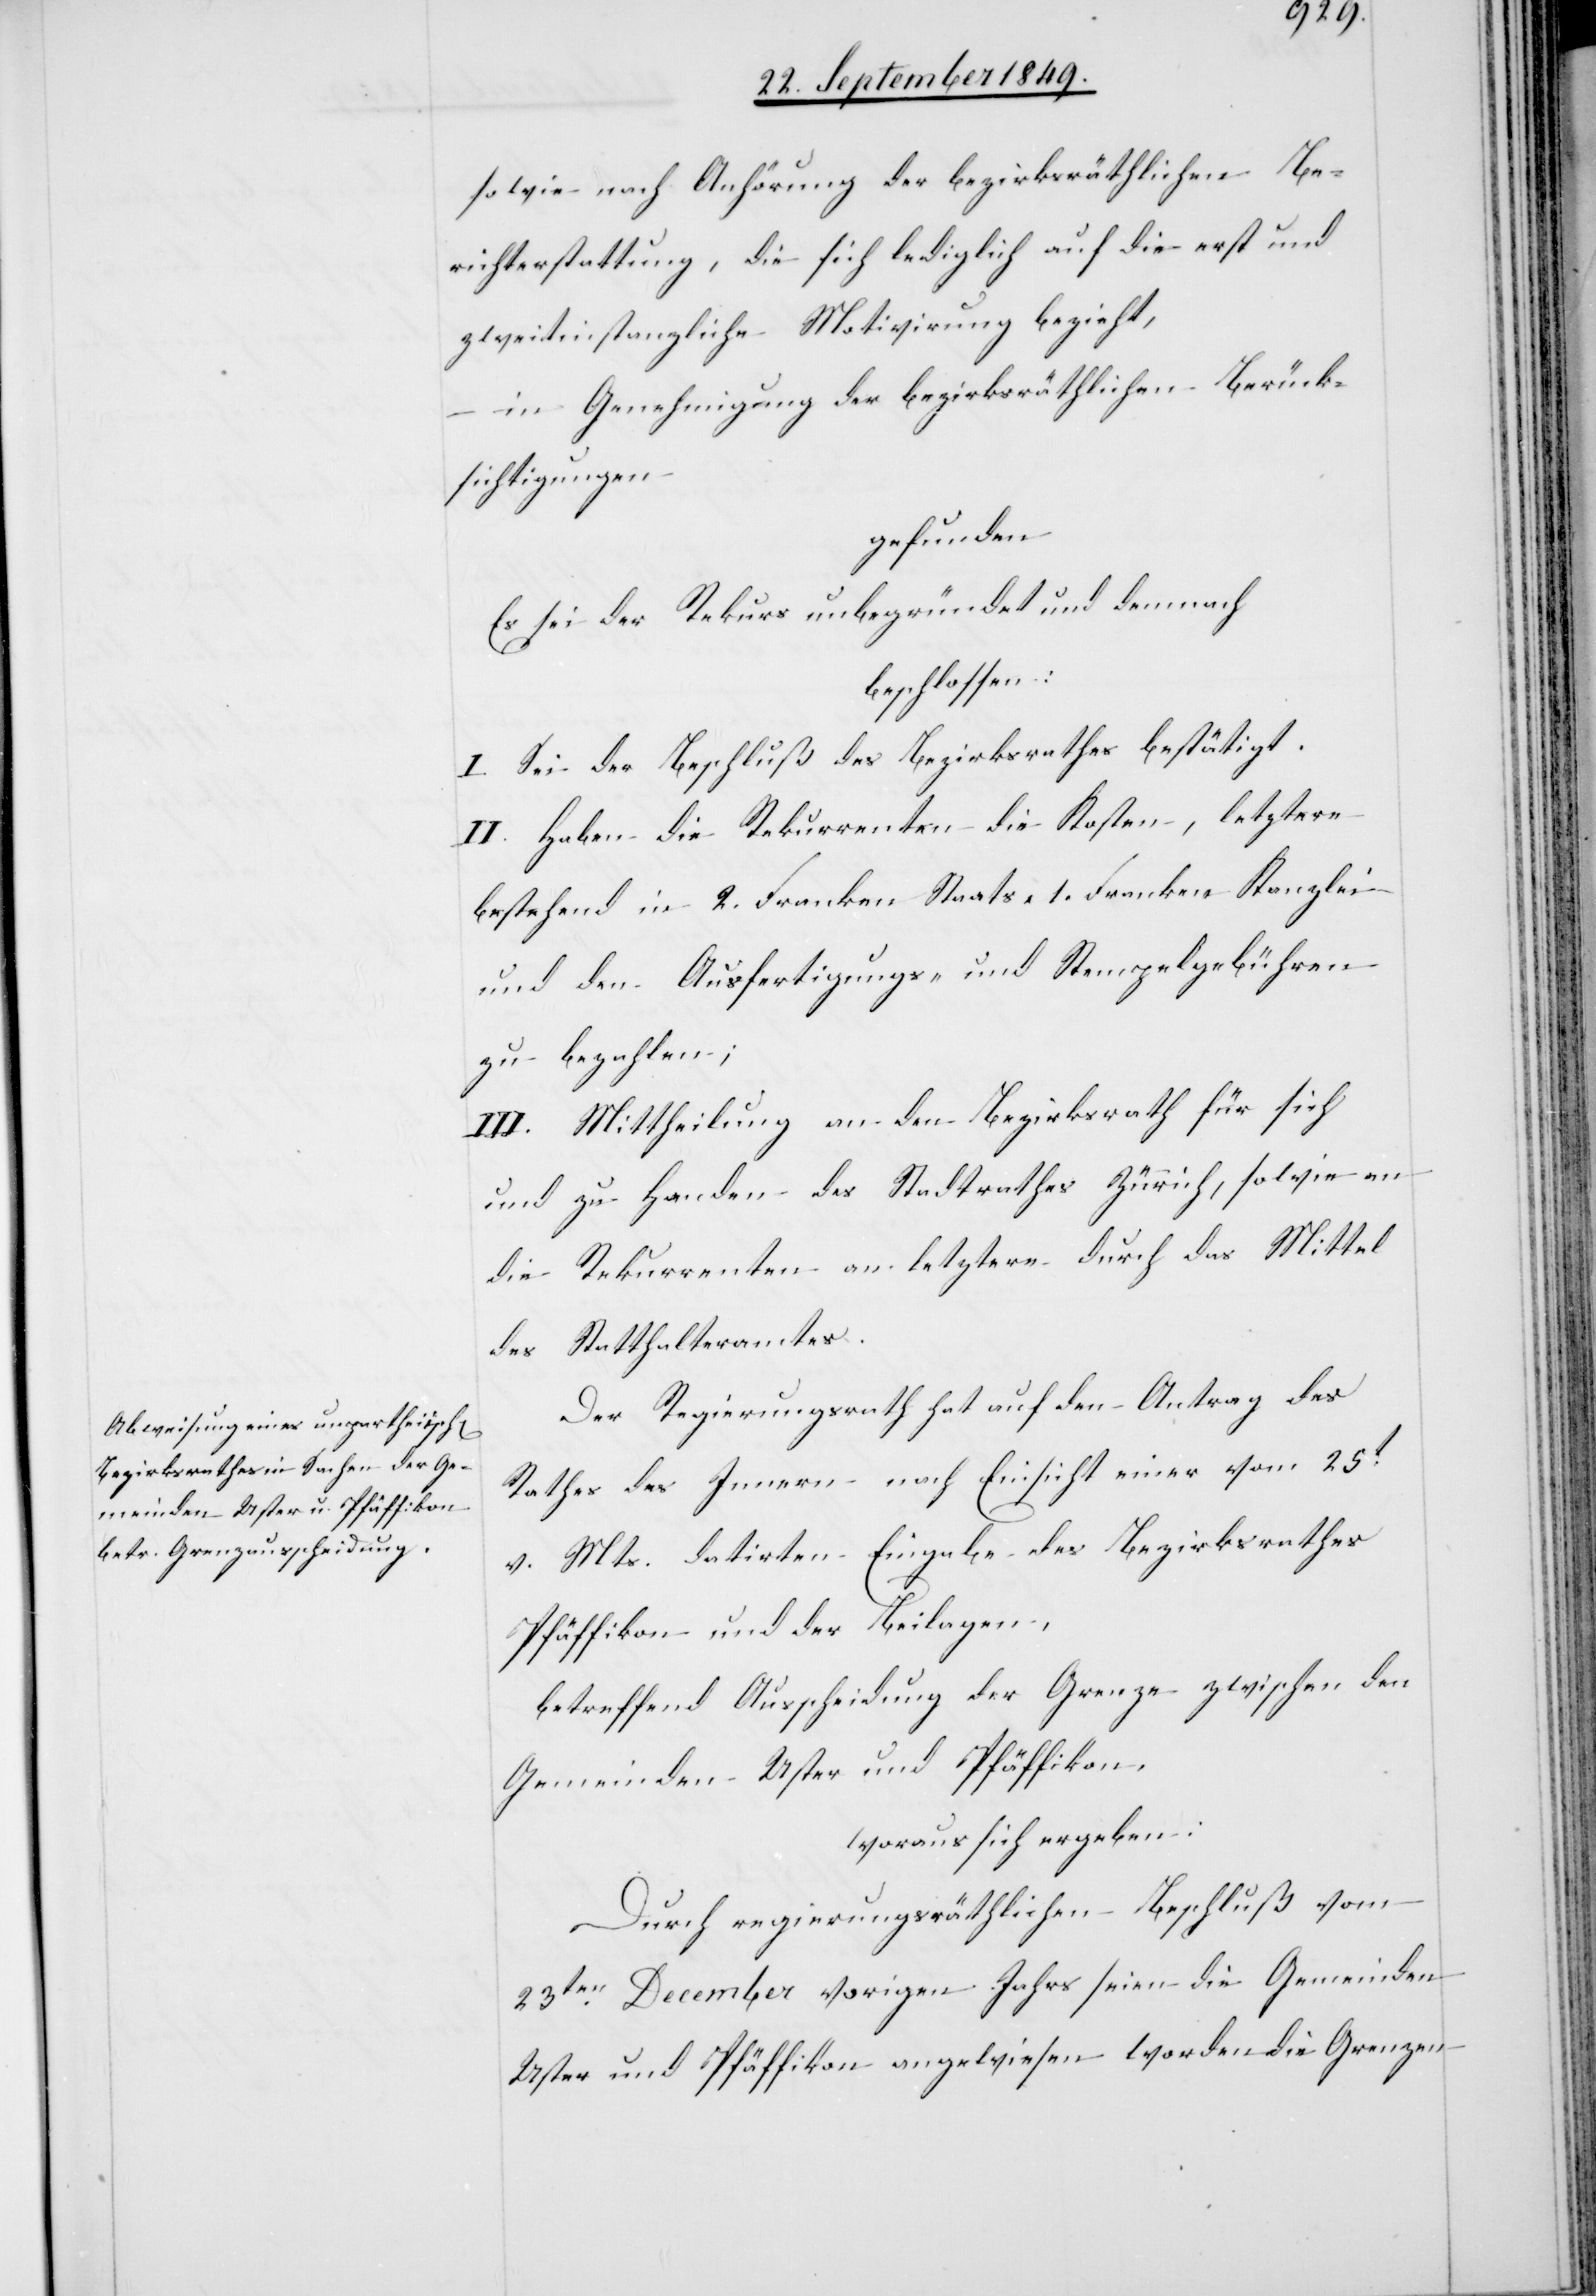
sowie nach Anhörung der bezirksräthlichen Be¬
richterstattung, die sich lediglich auf die erst und
zweitinstanzlichen Motivirung bezieht,
in Genehmigung der bezirksräthlichen Berück¬
sichtigungen
gefunden
Es sei der Rekurs unbegründet und demnach
beschlossen:
I. Sei der Beschluß des Bezirksrathes bestätigt.
II. Haben die Rekurrenten die Kosten, letztere
bestehend in 2. Franken Staats- 1. Franken Kanzlei
und den Ausfertigungs- und Stempelgebühren
zu bezahlen;
III. Mittheilung an den Bezirksrath für sich
und zu Handen des Stadtrathes Zürich, sowie an
die Rekurrenten an letztere durch das Mittel
des Statthalteramtes.
Der Regierungsrath hat auf den Antrag des
Rathes des Innern nach Einsicht einer vom 25t
v. Mts. datirten Eingabe des Bezirksrathes
Pfäffikon und der Beilagen,
betreffend Ausscheidung der Grenze zwischen den
Gemeinden Uster und Pfäffikon,
woraus sich ergeben:
Durch regierungsräthlichen Beschluß vom
23ten December vorigen Jahrs seien die Gemeinden
Uster und Pfäffikon angewiesen worden die Grenzen